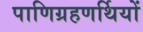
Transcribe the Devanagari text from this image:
पाणिग्रहणर्थियों